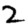
Digit: 2